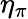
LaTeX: \eta_{\pi}